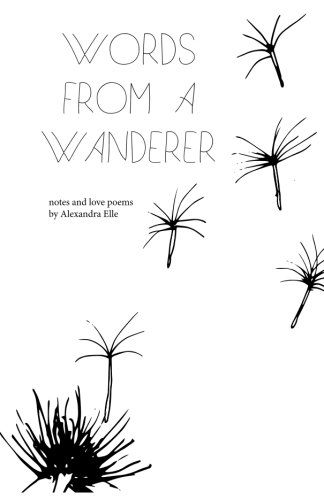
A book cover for Words from a Wanderer: notes and love poems; Alexandra Elle; Literature & Fiction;